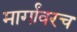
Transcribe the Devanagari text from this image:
मार्गांवरच